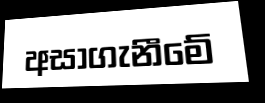
අසාගැනීමේ